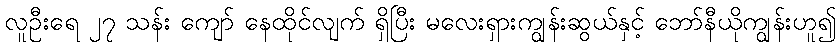
လူဦးရေ ၂၇ သန်း ကျော် နေထိုင်လျက် ရှိပြီး မလေးရှားကျွန်းဆွယ်နှင့် ဘော်နီယိုကျွန်းဟူ၍